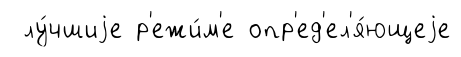
лу́чшиjе р'ежи́м'е опр'ед'ел'я́ющеjе